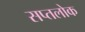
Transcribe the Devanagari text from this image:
सप्तलोक